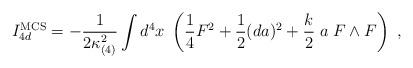
LaTeX: \begin{align*}I_{4d}^{\rm MCS} = -{1 \over 2 \kappa_{(4)}^2} \int d^4x \; \left({1\over 4} F^2 + {1\over 2} (da)^2 + {k \over 2}\; a\; F\wedge F \right)\ , \end{align*}